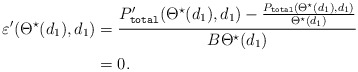
\begin{align*}\varepsilon'(\Theta^{\star}(d_1),d_1)&=\frac{P_{\texttt{total}}'(\Theta^{\star}(d_1),d_1)-\frac{P_\texttt{total}(\Theta^{\star}(d_1),d_1)}{\Theta^{\star}(d_1)}}{B\Theta^{\star}(d_1)}\\&=0.\end{align*}